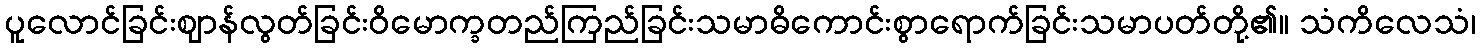
ပူလောင်ခြင်းဈာန်လွတ်ခြင်းဝိမောက္ခတည်ကြည်ခြင်းသမာဓိကောင်းစွာရောက်ခြင်းသမာပတ်တို့၏။ သံကိလေသံ၊